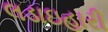
લડાઇહારી